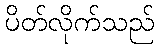
ပိတ်လိုက်သည်